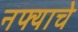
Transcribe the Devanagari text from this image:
नफ्याचे